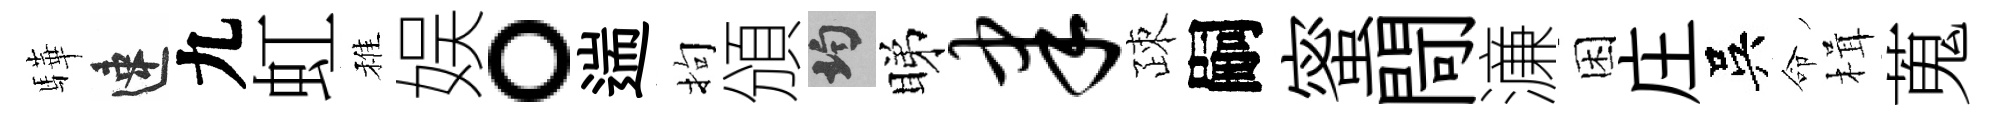
驊速九虹稚娱。遄拘頒均睇聿疎嗣蜜閜濓困庄吳命楫蒐